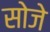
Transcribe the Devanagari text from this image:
सोजे